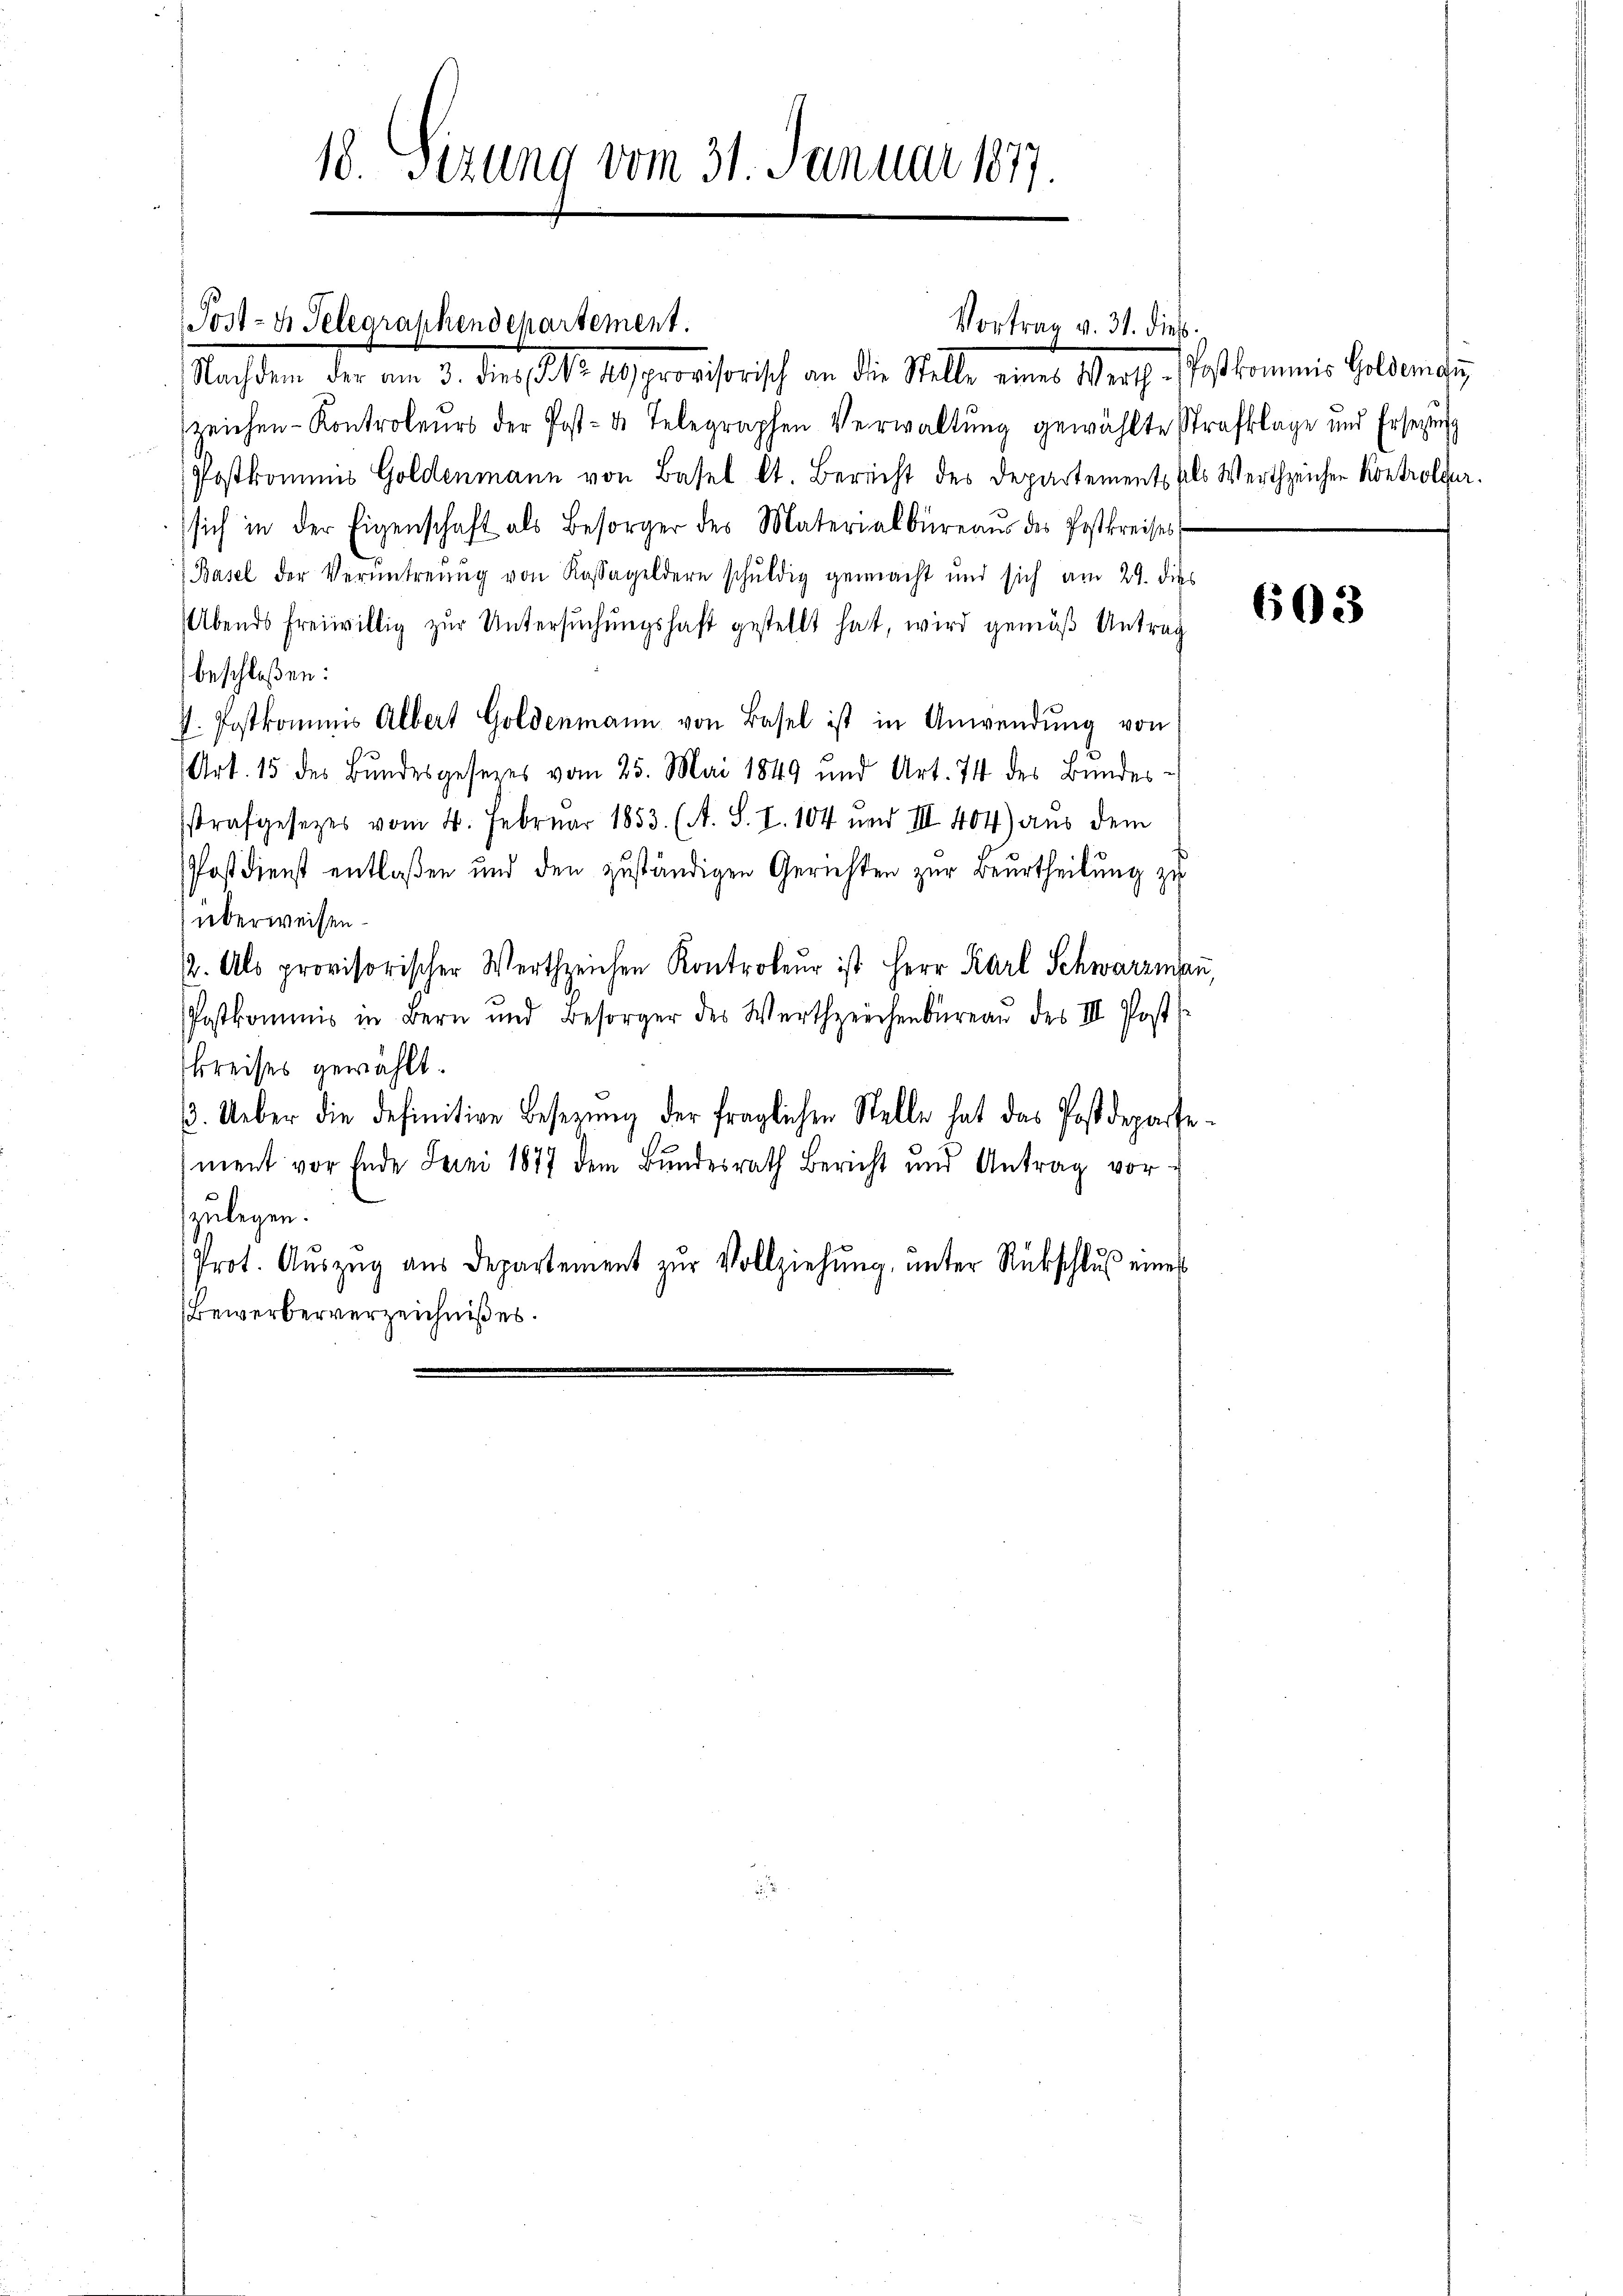
18. Sizung vom 31. Januar 1877.

Post- u. Telegraphendepartement.

Vortrag v. 31. dieb.

Sachen der vom 3. der l. 149 erwaiserisch an die Stelle eine Werth. Postkommnis belange
zeichen-Kontroleurs der Post- u. Telegraphen Verwaltŭng gewählte Strafklage und Ersezung
Postkommis Goldenmann von Basel lt. Bericht des Departement als Wertzeichen Kontrolbur
sich in der Eigenschaft als Besorger des Materialbüreaŭs des Postkreises,
Basel der Veruntreŭng von Kassageldern schŭldig gemacht und sich am 29. dies
Abends freiwillig zur Untersuchungshaft gestellt hat, wird gemäß Antrag
beschloßen:
V. Postkommnis Albert Goldenmann von Basel ist in Anwendŭng von
Art. 15 des Bundesgesezes vom 25. Mai 1849 und Art. 74 des Bŭndes-
sstrafgesezes vom 4. Februar 1853. (A. S. I. 104 und III 404) aus dem
Postdienst entlaßen und den zuständigen Gerichten zur Beurtheilung zu
überweisen.
2. Als provisorischer Wertzeichen Kontroleŭr ist Herr Karl Schwarzmaṅ,
Postkommis in Bern und Besorger des Werth zeichenbüreaŭ des III. Post
kreises gewählt.
. Ueber die definitive Besetzung der fraglichen Stelle hat das Postdepartement vor Ende Juni 1877 dem Bundesrath Bericht und Antrag vor-
zulegen.
Prot. Aŭszŭg aŭs Departement zŭr Vollziehŭng ŭnter Rückschlŭβ eines
Bewerberverzeichniß es.

603